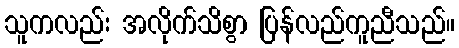
သူကလည်း အလိုက်သိစွာ ပြန်လည်ကူညီသည်။